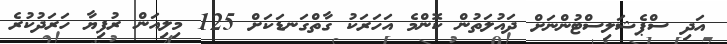
އަދި ސްޕެޝަލިސްޓުންނަށް ދައުލަތުން ކޮންމެ އަހަރަކު ގާތްގަނޑަކަށް 125 މިލިއަން ރުފިޔާ ހަރަދުކުރެ